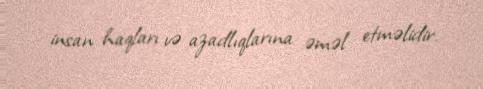
insan haqları və azadlıqlarına əməl etməlidir.